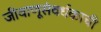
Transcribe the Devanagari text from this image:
जीवाणूसंवर्धकाची